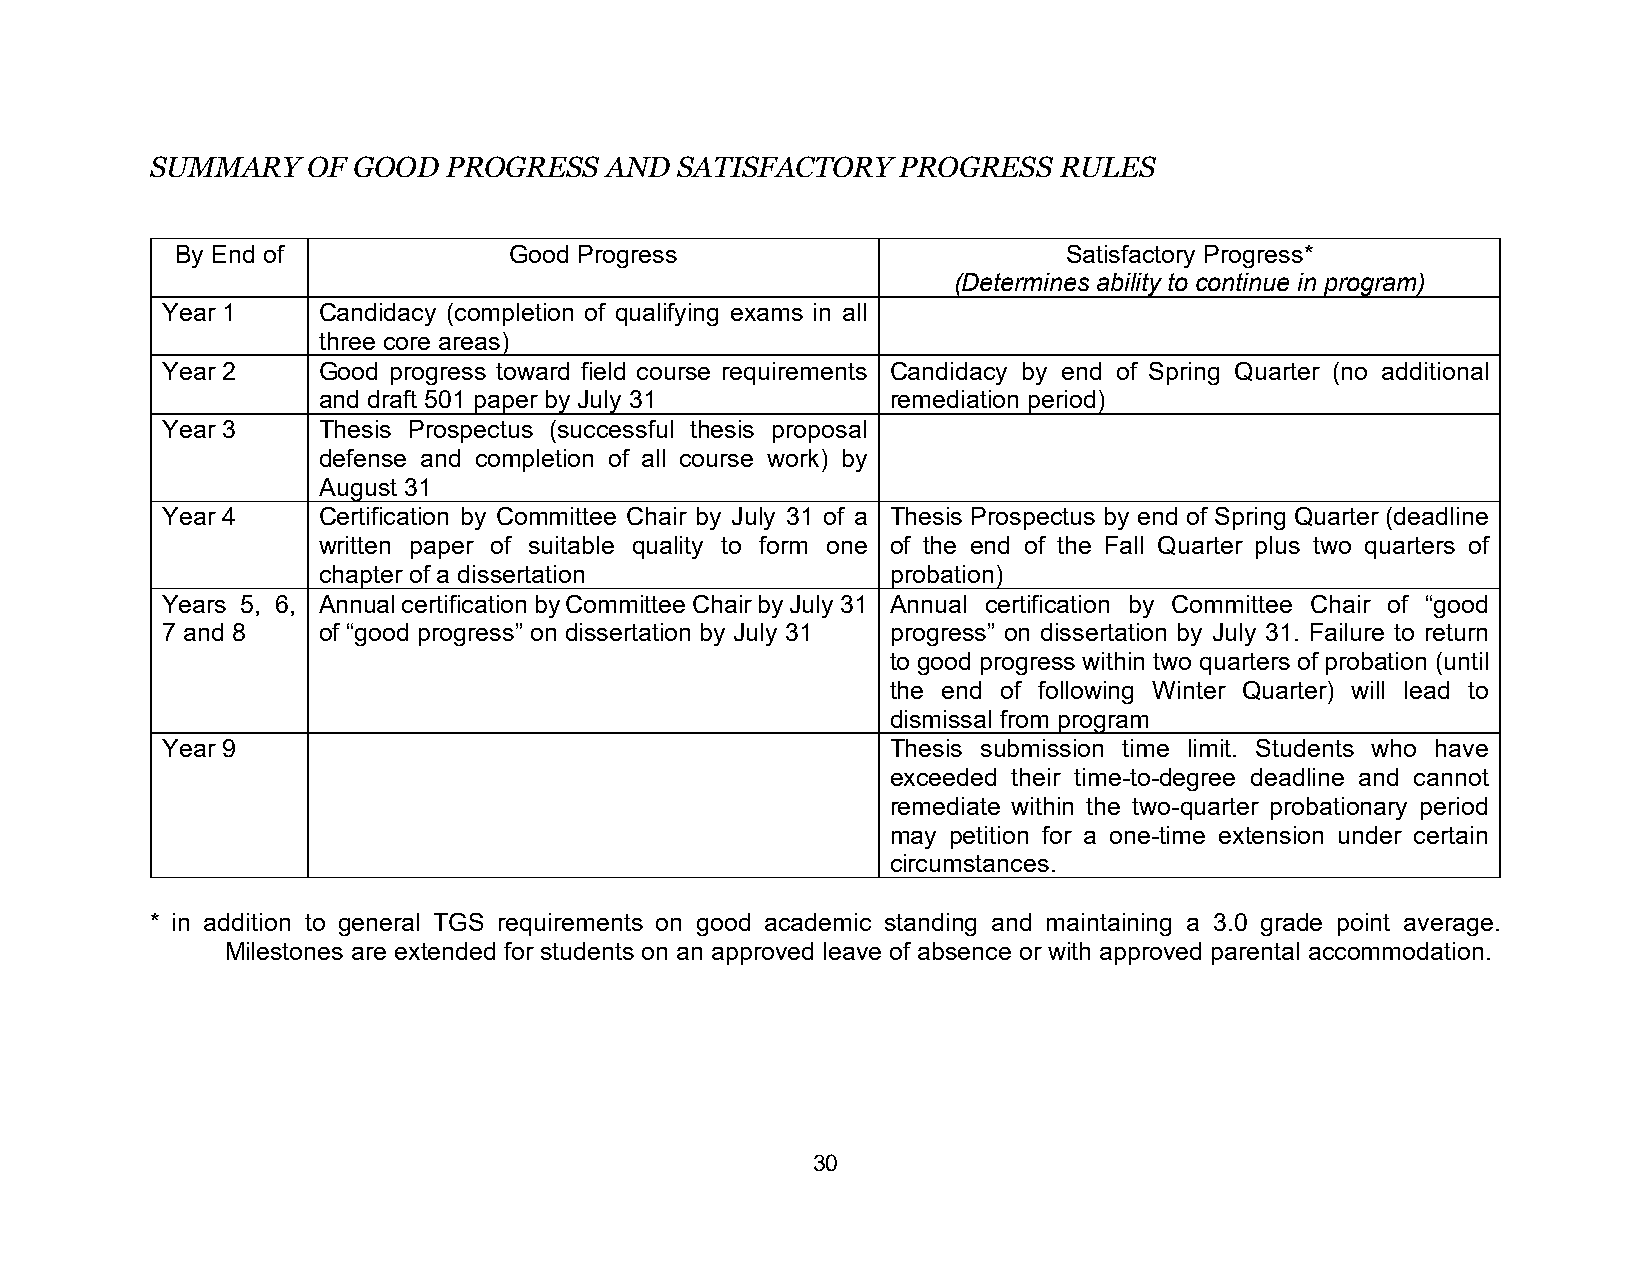
SUMMARY   OF GOOD   PROGRESS  AND  SATISFACTORY   PROGRESS  RULES
 By End of             Good Progress                        Satisfactory Progress*
 (Determines ability to continue in program)
 Year 1    Candidacy (completion of qualifying exams in all
 three core areas)
 Year 2    Good progress toward field course requirements Candidacy by end of Spring Quarter (no additional
 and draft 501 paper by July 31        remediation period)
 Year 3    Thesis Prospectus (successful thesis proposal
 defense and completion of all course work) by
 August 31
 Year 4    Certification by Committee Chair by July 31 of a Thesis Prospectus by end of Spring Quarter (deadline
 written paper of suitable quality to form one of the end of the Fall Quarter plus two quarters of
 chapter of a dissertation             probation)
 Years 5, 6, Annual certification by Committee Chair by July 31 Annual certification by Committee Chair of “good
 7 and 8   of “good progress” on dissertation by July 31 progress” on dissertation by July 31. Failure to return
 to good progress within two quarters of probation (until
 the end of following Winter Quarter) will lead to
 dismissal from program
 Year 9                                          Thesis submission time limit. Students who have
 exceeded their time-to-degree deadline and cannot
 remediate within the two-quarter probationary period
 may petition for a one-time extension under certain
 circumstances.
 * in addition to general TGS requirements on good academic standing and maintaining a 3.0 grade point average.
 Milestones are extended for students on an approved leave of absence or with approved parental accommodation.
 30